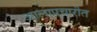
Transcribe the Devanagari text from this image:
आलापचारीत